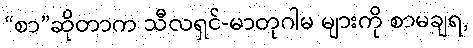
“စာ”ဆိုတာက သီလရှင်-မာတုဂါမ များကို စာမချရ,